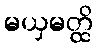
မယှမတ္ထိ